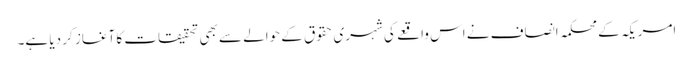
امریکہ کے محکمہ انصاف نے اس واقعے کی شہری حقوق کے حوالے سے بھی تحقیقات کا آغاز کر دیا ہے۔